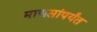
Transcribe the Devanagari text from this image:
माणसांपर्यंत